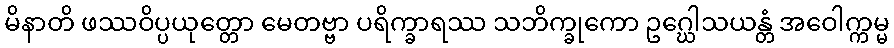
မိနာတိ ဖဿဝိပ္ပယုတ္တော မေတဗ္ဗာ ပရိက္ခာရဿ သဘိက္ခုကော ဥဂ္ဃေါသယန္တံ အဝေါက္ကမ္မ